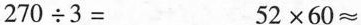
$$2 7 0 \div 3 =$$$$5 2 \times 6 0 ≈$$